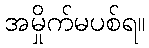
အမှိုက်မပစ်ရ။